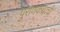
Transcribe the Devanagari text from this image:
पुराणकथांची